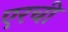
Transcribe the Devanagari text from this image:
एरची